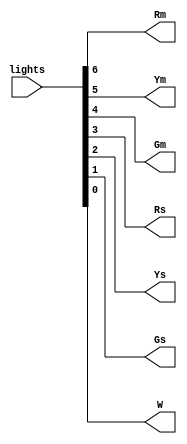
`timescale 1ns / 1ps
//////////////////////////////////////////////////////////////////////////////////
// Company: 
// Engineer: 
// 
// Design Name: 
// Module Name:    LEDs 
// Project Name: 
// Target Devices: 
// Tool versions: 
// Description: 
//
// Dependencies: 
//
// Revision: 
// Revision 0.01 - File Created
// Additional Comments: 
//
//////////////////////////////////////////////////////////////////////////////////
module LEDs(lights, Rm, Ym, Gm, Rs, Ys, Gs, W);
	input[6:0] lights;
	output Rm;
	output Ym;
	output Gm;
	output Rs;
	output Ys;
	output Gs;
	output W;
	reg Rm;
	reg Ym;
	reg Gm;
	reg Rs;
	reg Ys;
	reg Gs;
	reg W;
	
	always @(lights)
		begin
			Rm <= lights[6:6];
			Ym <= lights[5:5];
			Gm <= lights[4:4];
			Rs <= lights[3:3];
			Ys <= lights[2:2];
			Gs <= lights[1:1];
			W <= lights[0:0];
		end

endmodule